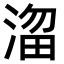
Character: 𣹒